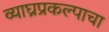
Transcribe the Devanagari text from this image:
व्याघ्रप्रकल्पाचा